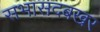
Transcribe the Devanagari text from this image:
सभासदबखर